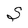
Character: S